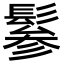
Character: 𩭹